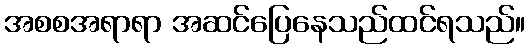
အစစအရာရာ အဆင်ပြေနေသည်ထင်ရသည်။